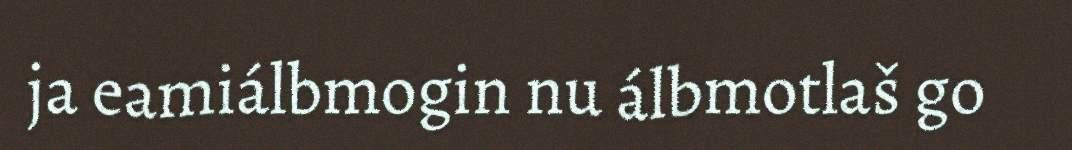
ja eamiálbmogin nu álbmotlaš go